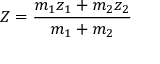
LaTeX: Z = { \frac { m _ { 1 } z _ { 1 } + m _ { 2 } z _ { 2 } } { m _ { 1 } + m _ { 2 } } }